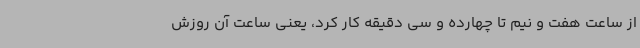
از ساعت هفت و نیم تا چهارده و سی دقیقه کار کرد، یعنی ساعت آن روزش